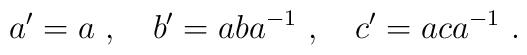
a' = a~,~~~ b' = aba^{-1}~,~~~ c' = aca^{-1} ~.